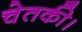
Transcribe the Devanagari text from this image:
चेतकी।